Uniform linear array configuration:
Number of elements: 12
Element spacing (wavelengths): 0.25
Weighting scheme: kaiser
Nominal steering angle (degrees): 60
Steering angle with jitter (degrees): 58.544
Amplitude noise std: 0.05
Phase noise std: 0.05

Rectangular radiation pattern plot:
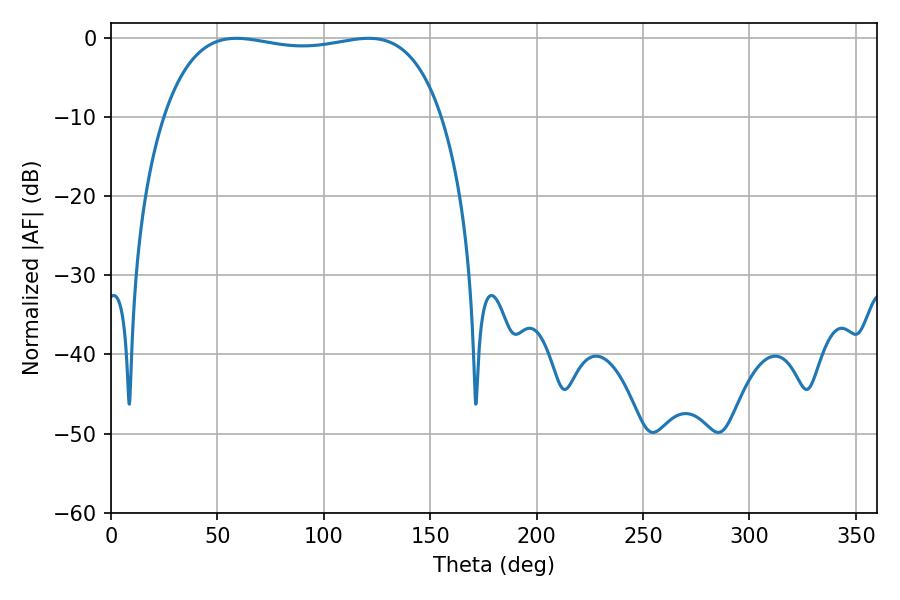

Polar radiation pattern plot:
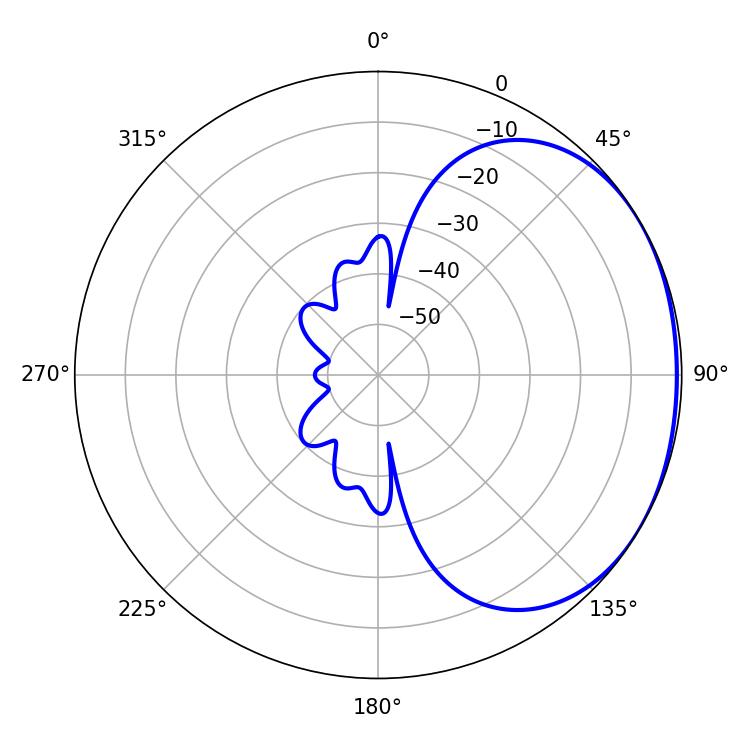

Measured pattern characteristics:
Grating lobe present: FALSE
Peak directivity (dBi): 1.367
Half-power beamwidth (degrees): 105.12
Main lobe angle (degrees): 58.86